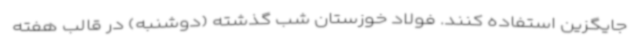
جایگزین استفاده کنند. فولاد خوزستان شب گذشته (دوشنبه) در قالب هفته